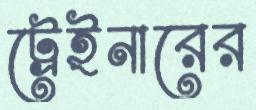
ট্রেইনারের